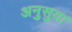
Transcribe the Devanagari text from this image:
अनुसुया